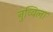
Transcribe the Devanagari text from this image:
नुव्विला